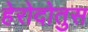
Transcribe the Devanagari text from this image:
हेरोदोतुस